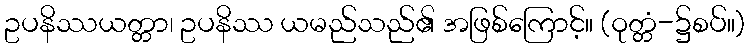
ဥပနိဿယတ္တာ၊ ဥပနိဿ ယမည်သည်၏ အဖြစ်ကြောင့်။ (ဝုတ္တံ-၌စပ်။)